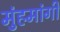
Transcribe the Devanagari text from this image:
मुंहमांगी